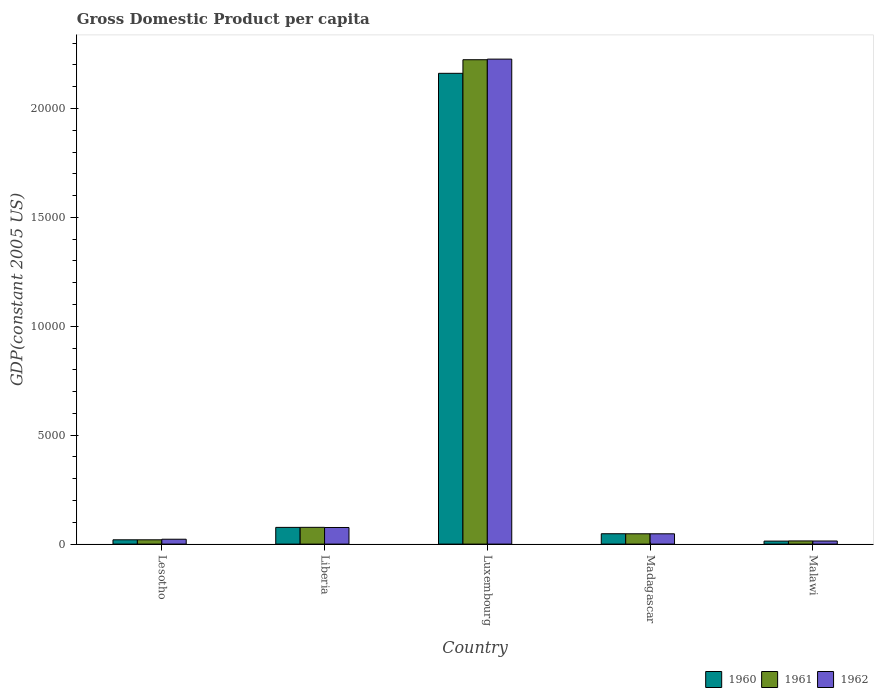
| Country | 1960 | 1961 | 1962 |
 | --- | --- | --- | --- |
 | Lesotho | 197 | 198 | 224 |
 | Liberia | 768 | 769 | 763 |
 | Luxembourg | 2.16e+04 | 2.22e+04 | 2.23e+04 |
 | Madagascar | 475 | 474 | 473 |
 | Malawi | 138 | 145 | 143 |